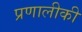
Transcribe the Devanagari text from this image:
प्रणालीकी